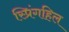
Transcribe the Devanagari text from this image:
स्प्रिंगहिल